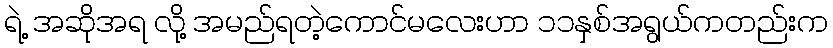
ရဲ့ အဆိုအရ လို့ အမည်ရတဲ့ကောင်မလေးဟာ ၁၁နှစ်အရွယ်ကတည်းက